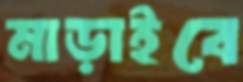
মাড়াইবে